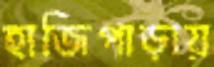
হাজিপাড়ায়